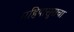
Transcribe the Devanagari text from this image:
महिषासुराचा